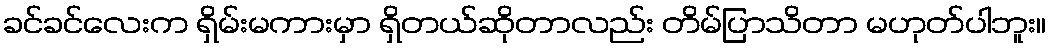
ခင်ခင်လေးက ရှိမ်းမကားမှာ ရှိတယ်ဆိုတာလည်း တိမ်ပြာသိတာ မဟုတ်ပါဘူး။